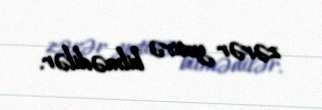
zərər yetirə bilmədilər.